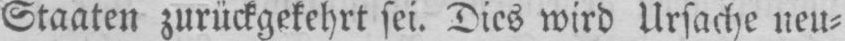
Staaten zurückgekehrt sei. Dies wird Ursache neu⸗